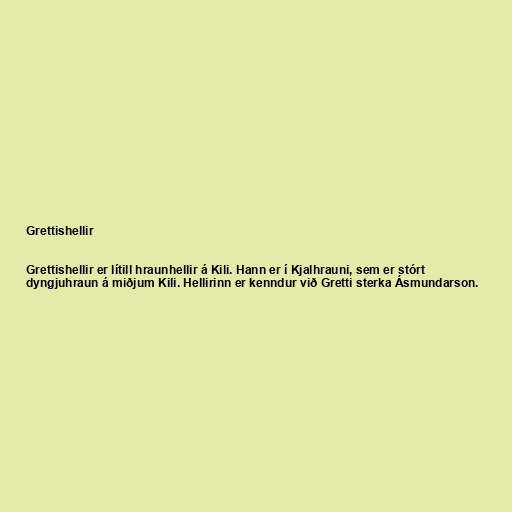
Grettishellir

Grettishellir er lítill hraunhellir á Kili. Hann er í Kjalhrauni, sem er stórt
dyngjuhraun á miðjum Kili. Hellirinn er kenndur við Gretti sterka Ásmundarson.